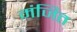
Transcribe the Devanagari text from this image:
मंजित